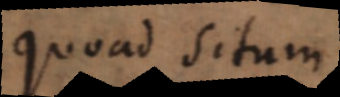
quoad situm